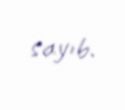
sayıb.